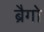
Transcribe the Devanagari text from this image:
ब्रैगो